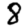
Digit: 8